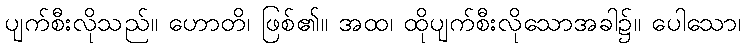
ပျက်စီးလိုသည်။ ဟောတိ၊ ဖြစ်၏။ အထ၊ ထိုပျက်စီးလိုသောအခါ၌။ ပေါသော၊